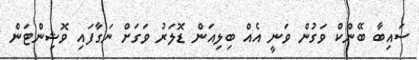
ސައިބާ ބޭންކް ވަގުން ވަނީ އެއް ބިލިއަން ޑޮލަރު ވަގަށް ނަގާފައި ވޮޝިންޓަން